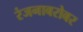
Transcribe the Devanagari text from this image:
रंजनाबरोबर